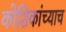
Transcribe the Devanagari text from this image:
कोशिकांच्याच